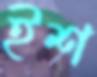
ইশ